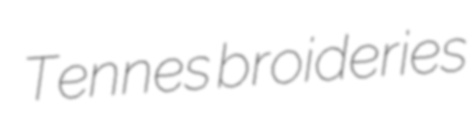
Tennes broideries